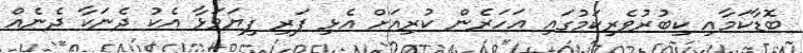
ބޮޑާކަމާއި ކިބުރުވެރިކަމުގައި އަހަރެން ކުރިއަށް އެޅި ފަރި ފިޔަވަޅާ އެކު ދެނަކާ ދެނެއް